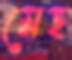
মেহ